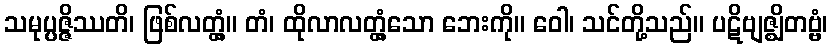
သမုပ္ပဇ္ဇိဿတိ၊ ဖြစ်လတ္တံ့။ တံ၊ ထိုလာလတ္တံ့သော ဘေးကို။ ဝေါ၊ သင်တို့သည်။ ပဋိဗျဇ္ဈိတဗ္ဗံ၊